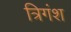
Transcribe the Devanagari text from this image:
त्रिगंश